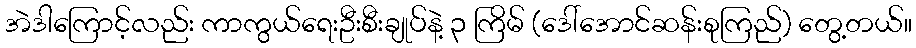
အဲဒါကြောင့်လည်း ကာကွယ်ရေးဦးစီးချုပ်နဲ့ ၃ ကြိမ် (ဒေါ်အောင်ဆန်းစုကြည်) တွေ့တယ်။